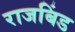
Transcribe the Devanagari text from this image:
राजबिंड